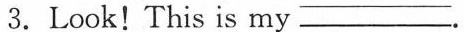
3.Look! This is my ___.